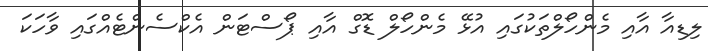
ލިޑިއާ އާއި މެންހޯލްތަކުގައި އުޅޭ މެންހޯލް ޑޮގް އާއި ޕޯސްޓަން އެކްސެންޓެއްގައި ވާހަކަ